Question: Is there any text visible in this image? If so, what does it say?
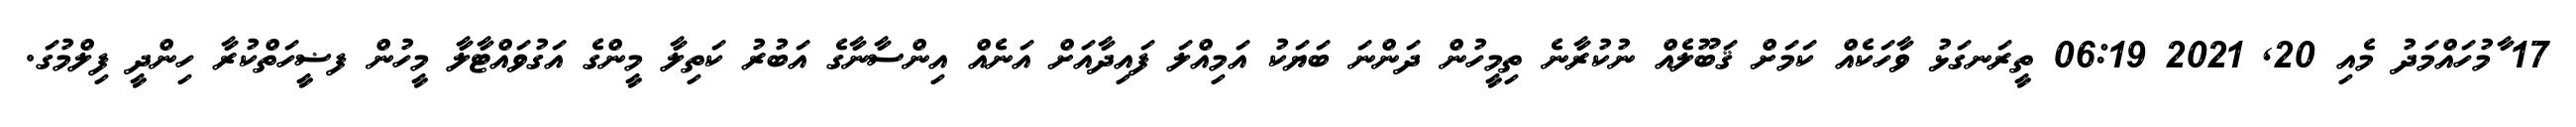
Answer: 17 ާމުހައްމަދު މެއި 20, 2021 06:19 ތީރަނގަޅު ވާހަކެއް ކަމަށް ޤަބޫލެއް ނުކުރާނެ ތިމީހުން ދަންނަ ބަޔަކު އަމިއްލަ ފައިދާއަށް އަނެއް އިންސާނާގެ އަބުރު ކަތިލާ މީންގެ އަގުވައްޓާލާ މީހުން ފޟީހަތްކުރާ ހިންދީ ފިލްމުގަ.